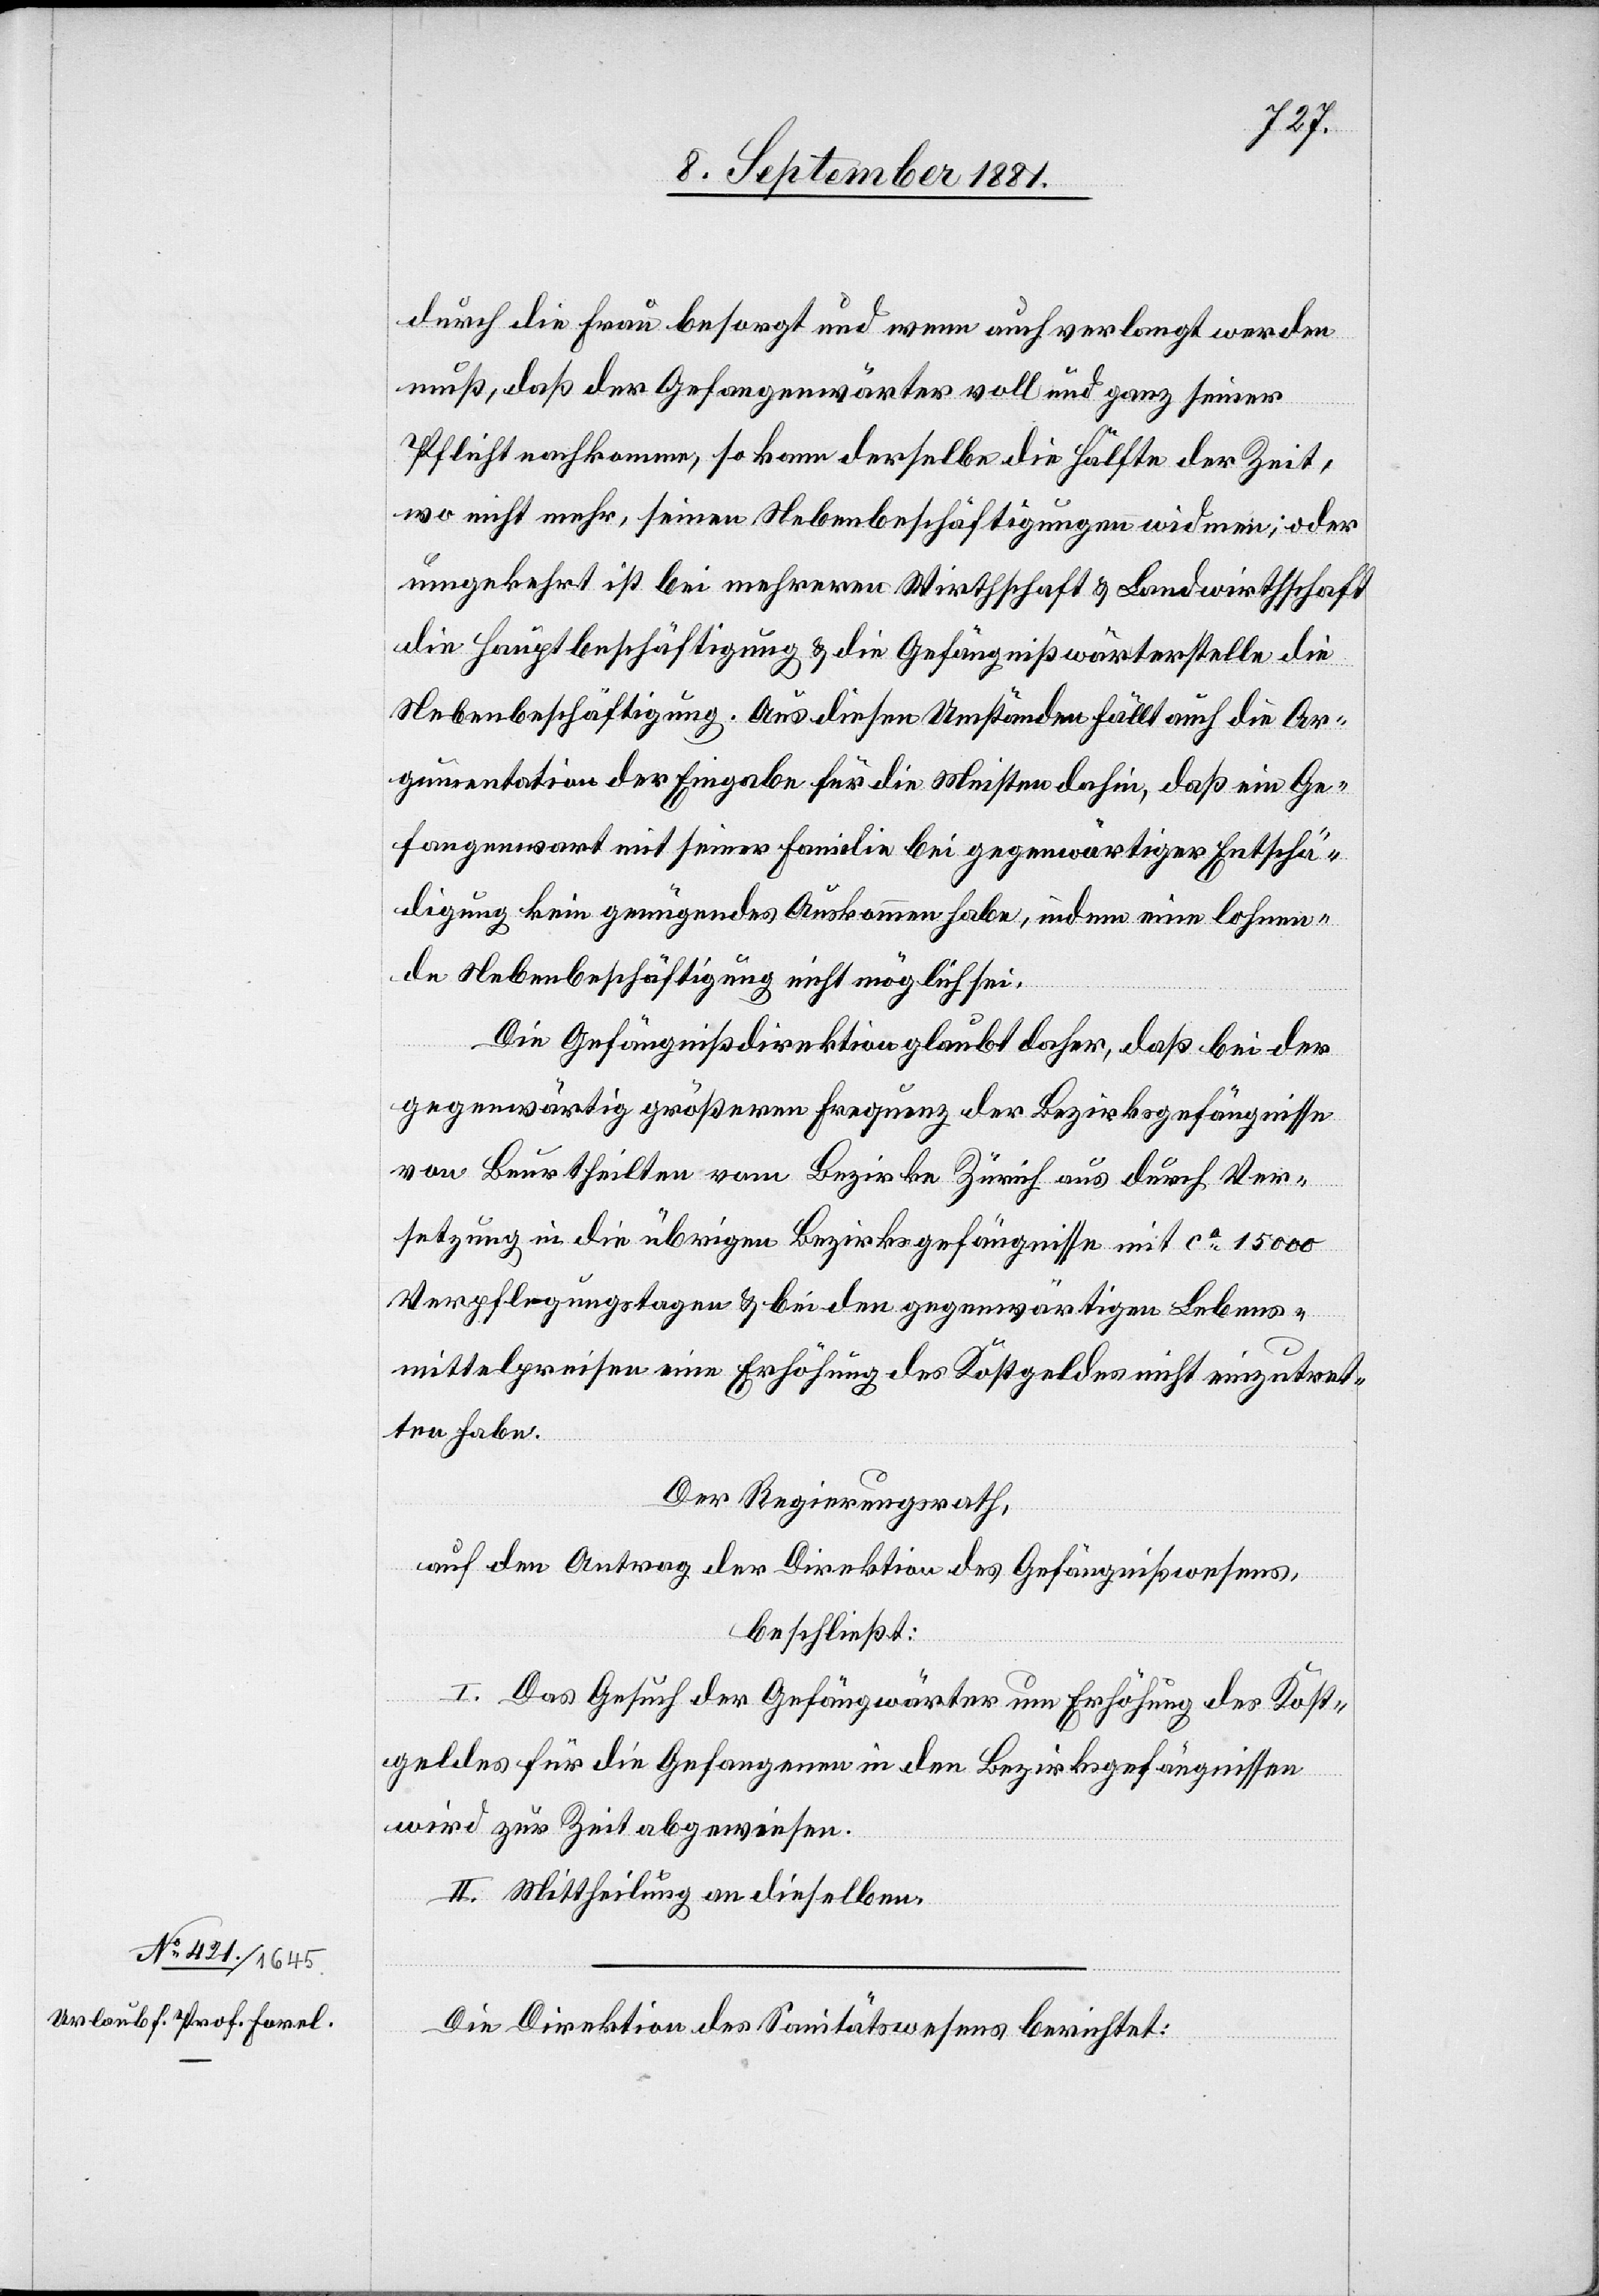
durch die Frau besorgt und wenn auch verlangt werden
muß, daß der Gefangenwärter voll und ganz seiner
Pflicht nachkomme, so kann derselbe die Hälfte der Zeit,
wo nicht mehr, seinen Nebenbeschäftigungen widmen; oder
umgekehrt ist bei mehreren Wirthschaft & Landwirthschaft
die Hauptbeschäftigung & die Gefängnißwärterstelle die
Nebenbeschäftigung. Aus diesen Umständen fällt auch die Ar¬
gumentation der Eingabe für die Meisten dahin, daß ein Ge¬
fangenwart mit seiner Familie bei gegenwärtiger Entschä¬
digung kein genügendes Auskommen habe, indem eine lohnen¬
de Nebenbeschäftigung nicht möglich sei.
Die Gefängnisdirektion glaubt daher, daß bei der
gegenwärtig größeren Frequenz der Bezirksgefängnisse
von Beurtheilten vom Bezirke Zürich aus durch Ver¬
der
setzung in die übrigen Bezirksgefängnisse mit ca 15000
Verpflegungstagen & bei den gegenwärtigen Lebens¬
mittelpreisen eine Erhöhung des Kostgeldes nicht einzutret¬
en habe.
Der Regierungsrath,
beschließt:
ion des
I. Das Gesuch der Gefäng[niß]wärter um Erhöhung des Kost¬
geldes für die Gefangenen in den Bezirksgefängnissen
wird zur Zeit abgewiesen.
II. Mittheilung an dieselben.
Die Direktion des Sanitätswesens berichtet: